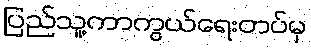
ပြည်သူ့ကာကွယ်ရေးတပ်မှ